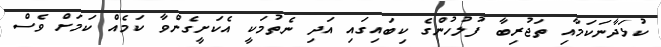
ކުޅަދާނަކަމާއި ތަޖުރިބާ ފުލުހުންގެ ކިބައިގައި އަދި ނެތުމަކީ އެކަށީގެންވާ ކަމެއް ކަމަށް ވެސް